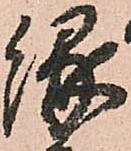
縁